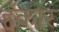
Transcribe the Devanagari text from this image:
हँकार